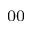
_ { 0 0 }